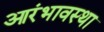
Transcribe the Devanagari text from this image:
आरंभावस्था